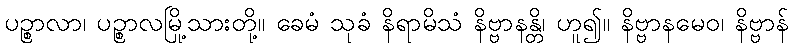
ပဉ္စာလာ၊ ပဉ္စာလမြို့သားတို့။ ခေမံ သုခံ နိရာမိသံ နိဗ္ဗာနန္တိ၊ ဟူ၍။ နိဗ္ဗာနမေဝ၊ နိဗ္ဗာန်